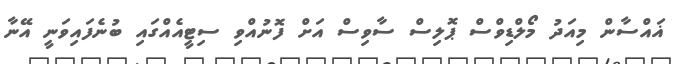
ޣައްސާން މިއަދު މޯލްޑިވްސް ޕޮލިސް ސާވިސް އަށް ފޮނުއްވި ސިޓީއެއްގައި ބުނެފައިވަނީ އޭނާ